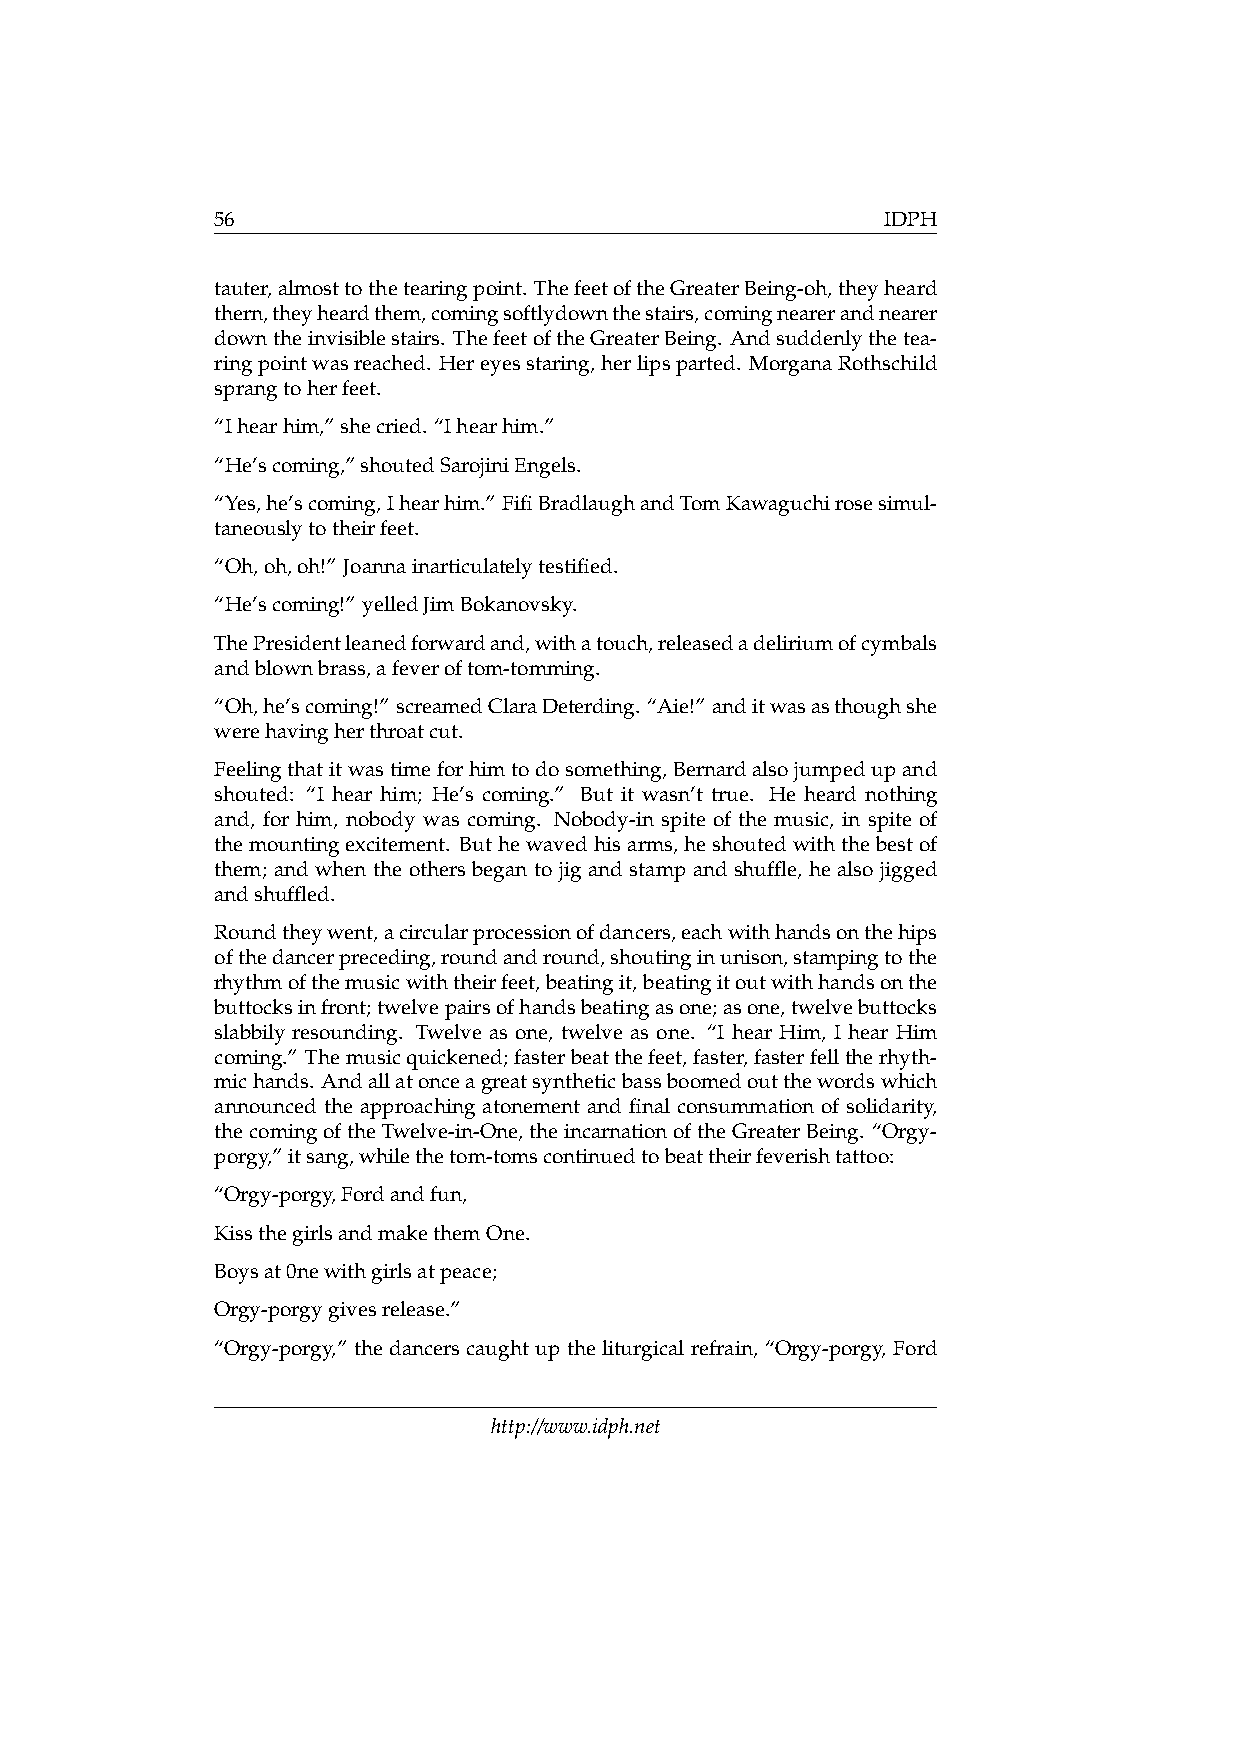
56                                           IDPH
 tauter,almosttothetearingpoint. ThefeetoftheGreaterBeing-oh,theyheard
 thern,theyheardthem,comingsoftlydownthestairs,comingnearerandnearer
 downtheinvisiblestairs. ThefeetoftheGreaterBeing. Andsuddenlythetea-
 ringpointwasreached. Hereyesstaring,herlipsparted. MorganaRothschild
 sprangtoherfeet.
 “Ihearhim,”shecried. “Ihearhim.”
 “He’scoming,”shoutedSarojiniEngels.
 “Yes,he’scoming,Ihearhim.” FifiBradlaughandTomKawaguchirosesimul-
 taneouslytotheirfeet.
 “Oh,oh,oh!” Joannainarticulatelytestified.
 “He’scoming!” yelledJimBokanovsky.
 ThePresidentleanedforwardand,withatouch,releasedadeliriumofcymbals
 andblownbrass,afeveroftom-tomming.
 “Oh,he’scoming!” screamedClaraDeterding. “Aie!” anditwasasthoughshe
 werehavingherthroatcut.
 Feelingthatitwastimeforhimtodosomething,Bernardalsojumpedupand
 shouted: “I hear him; He’s coming.” But it wasn’t true. He heard nothing
 and, for him, nobody was coming. Nobody-in spite of the music, in spite of
 themountingexcitement. Buthewavedhisarms, heshoutedwiththebestof
 them; and when the others began to jig and stamp and shuffle, he also jigged
 andshuffled.
 Roundtheywent,acircularprocessionofdancers,eachwithhandsonthehips
 ofthedancerpreceding,roundandround,shoutinginunison,stampingtothe
 rhythmofthemusicwiththeirfeet,beatingit,beatingitoutwithhandsonthe
 buttocksinfront;twelvepairsofhandsbeatingasone;asone,twelvebuttocks
 slabbily resounding. Twelve as one, twelve as one. “I hear Him, I hear Him
 coming.” Themusicquickened;fasterbeatthefeet,faster,fasterfelltherhyth-
 michands. Andallatonceagreatsyntheticbassboomedoutthewordswhich
 announced the approaching atonement and final consummation of solidarity,
 thecomingoftheTwelve-in-One,theincarnationoftheGreaterBeing. “Orgy-
 porgy,”itsang,whilethetom-tomscontinuedtobeattheirfeverishtattoo:
 “Orgy-porgy,Fordandfun,
 KissthegirlsandmakethemOne.
 Boysat0newithgirlsatpeace;
 Orgy-porgygivesrelease.”
 “Orgy-porgy,” the dancers caught up the liturgical refrain, “Orgy-porgy, Ford
 http://www.idph.net